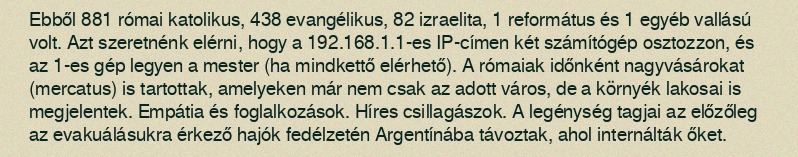
Ebből 881 római katolikus, 438 evangélikus, 82 izraelita, 1 református és 1 egyéb vallású volt. Azt szeretnénk elérni, hogy a 192.168.1.1-es IP-címen két számítógép osztozzon, és az 1-es gép legyen a mester (ha mindkettő elérhető). A rómaiak időnként nagyvásárokat (mercatus) is tartottak, amelyeken már nem csak az adott város, de a környék lakosai is megjelentek. Empátia és foglalkozások. Híres csillagászok. A legénység tagjai az előzőleg az evakuálásukra érkező hajók fedélzetén Argentínába távoztak, ahol internálták őket.